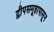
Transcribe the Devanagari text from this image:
द्वीपसमूहापासून